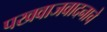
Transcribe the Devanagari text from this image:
पखवाजवादनाचे